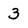
Character: 3